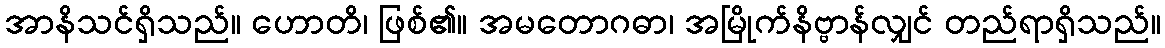
အာနိသင်ရှိသည်။ ဟောတိ၊ ဖြစ်၏။ အမတောဂဓာ၊ အမြိုက်နိဗ္ဗာန်လျှင် တည်ရာရှိသည်။